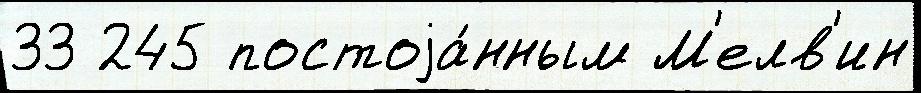
33 245 постоjа́нным М'елв'ин